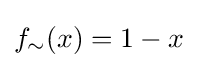
f_{\sim }(x)=1-x